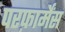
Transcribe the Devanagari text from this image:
परफ़ार्मेंस